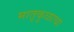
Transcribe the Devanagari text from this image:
मातृकुळाचा